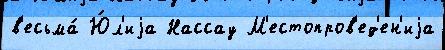
в'есьма́ Ю́л'иjа Нассау М'естопров'ед'ен'иjа